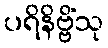
ပရိနိဗ္ဗိံသု